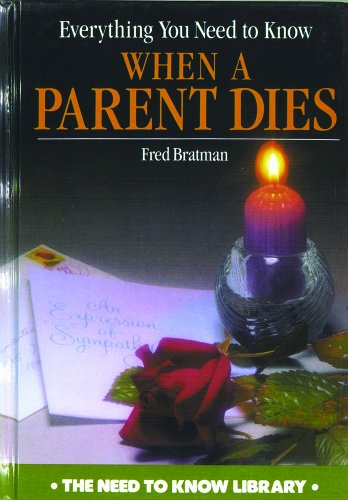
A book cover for Everything You Need to Know When a Parent Dies (Need to Know Library); Fred Bratman; Teen & Young Adult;